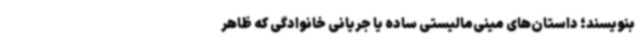
بنویسند؛ داستان‌های مینی‌مالیستی ساده یا جریانی خانوادگی که ظاهر